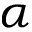
\alpha